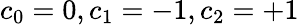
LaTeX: c_{0}=0,c_{1}=-1,c_{2}=+1